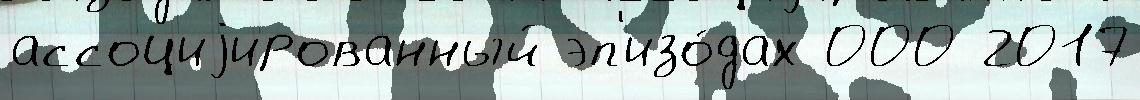
ассоциjированный эп'изо́дах 000 2017